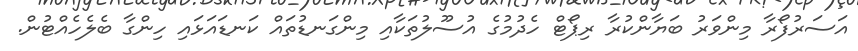
އަސަރުފޯރާ މިންވަރު ބަޔާންކުރާ ރިޕޯޓް ހެދުމުގެ އުސޫލުތަކާއި މިންގަނޑުތައް ކަނޑައަޅައި ހިންގާ ބެލެހެއްޓުން.